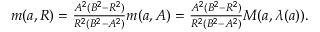
\begin{array} { r } { m ( { a } , R ) = \frac { A ^ { 2 } ( B ^ { 2 } - R ^ { 2 } ) } { R ^ { 2 } ( B ^ { 2 } - A ^ { 2 } ) } m ( { a } , A ) = \frac { A ^ { 2 } ( B ^ { 2 } - R ^ { 2 } ) } { R ^ { 2 } ( B ^ { 2 } - A ^ { 2 } ) } M ( { a } , \lambda ( a ) ) . } \end{array}